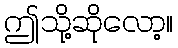
ဤသို့ဆိုလော့။